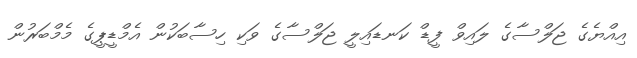
އިއްޔެގެ ޖަލްސާގެ ލައިވް ފީޑް ކަނޑައިލީ ޖަލްސާގެ ވަކި ހިސާބަކުން އެމްޑީޕީގެ މެމްބަރުން